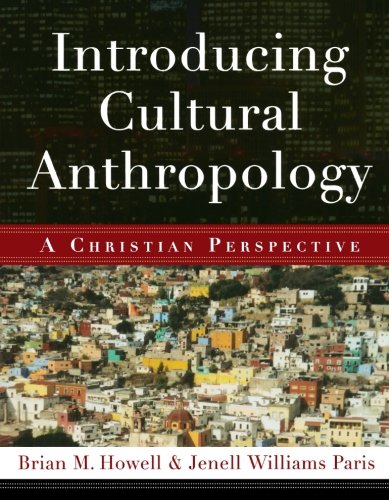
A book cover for Introducing Cultural Anthropology: A Christian Perspective; Brian M. Howell; Christian Books & Bibles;